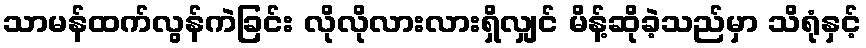
သာမန်ထက်လွန်ကဲခြင်း လိုလိုလားလားရှိလျှင် မိန့်ဆိုခဲ့သည်မှာ သိရုံနှင့်